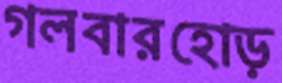
গলবারহোড়